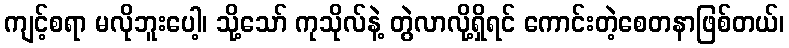
ကျင့်စရာ မလိုဘူးပေါ့၊ သို့သော် ကုသိုလ်နဲ့ တွဲလာလို့ရှိရင် ကောင်းတဲ့စေတနာဖြစ်တယ်၊